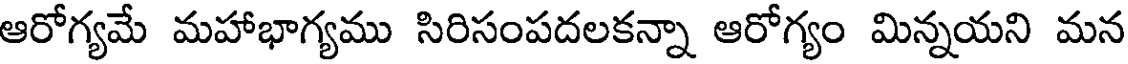
ఆరోగ్యమే మహాభాగ్యము సిరిసంపదలకన్నా ఆరోగ్యం మిన్నయని మన